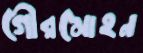
গৌরমোহন